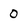
Character: 0